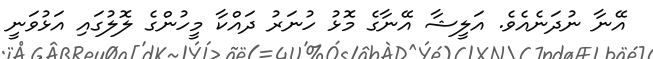
އޭނާ ނުދަނެއެވެ. އަލީޝާ އޭނާގެ މޮޅު ހުނަރު ދައްކާ މީހުންގެ ލޮލުގައި އަޅުވަނީ